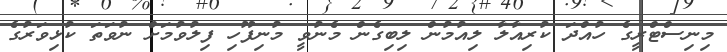
މިނިސްޓްރީގެ ހުއްދަ ކުރިއާލާ ލިއުމުން ލިބިގެން މެނުވީ މުނިފޫހި ފިލުވުމަށް ނުވަތަ ކުޅިވަރުގެ